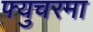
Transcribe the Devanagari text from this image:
फ्युचरमा